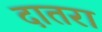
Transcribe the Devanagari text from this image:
दातरा